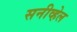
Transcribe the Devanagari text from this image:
सनीव्हेल